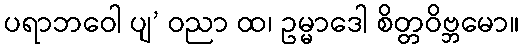
ပရာဘဝေါ ပျ’ ဝညာ ထ၊ ဥမ္မာဒေါ စိတ္တဝိဗ္ဘမော။